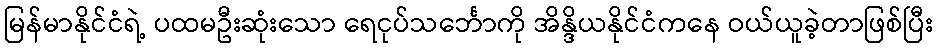
မြန်မာနိုင်ငံရဲ့ ပထမဦးဆုံးသော ရေငုပ်သင်္ဘောကို အိန္ဒိယနိုင်ငံကနေ ဝယ်ယူခဲ့တာဖြစ်ပြီး